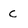
Character: C